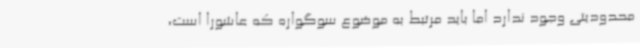
محدودیتی وجود ندارد اما باید مرتبط به موضوع سوگواره که عاشورا است،